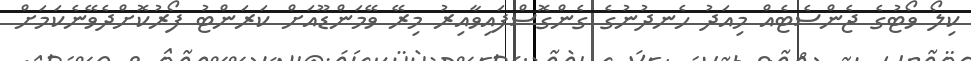
ކިލޯ ވޯޓުގެ ޖެންސެޓެއް މިއަދު ހެނދުނުގެ ގެންގޮސްފައިވާއިރު މިރޭ ވޭމަންޑޫއަށް ކަރަންޓު ފޯރުކޮށްދެވޭނެކަމަށް